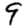
Digit: 9